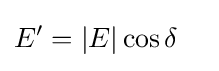
{\begin{aligned}E'&=\left\vert E\right\vert \cos \delta \end{aligned}}